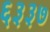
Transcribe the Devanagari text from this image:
६३३७